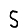
Digit: 5